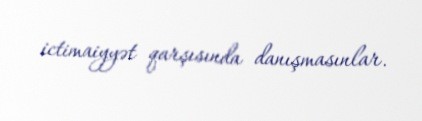
ictimaiyyət qarşısında danışmasınlar.